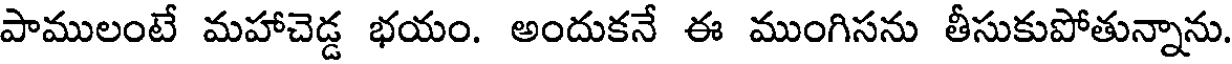
పాములంటే మహాచెడ్డ భయం. అందుకనే ఈ ముంగిసను తీసుకుపోతున్నాను